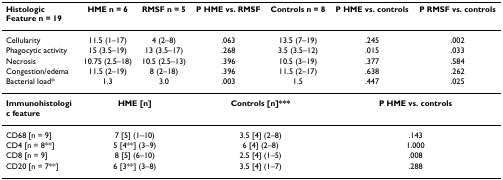
| Histologic Feature n = 19 | HME n = 6 | RMSF n = 5 | P HME vs. RMSF | Controls n = 8 | P HME vs. controls | P RMSF vs. controls |
 | --- | --- | --- | --- | --- | --- | --- |
 | Cellularity | 11.5 (1–17) | 4 (2–8) | .063 | 13.5 (7–19) | .245 | .002 |
 | Phagocytic activity | 15 (3.5–19) | 13 (3.5–17) | .268 | 3.5 (3.5–12) | .015 | .033 |
 | Necrosis | 10.75 (2.5–18) | 10.5 (2.5–13) | .396 | 10.5 (3–19) | .377 | .584 |
 | Congestion/edema | 11.5 (2–19) | 8 (2–18) | .396 | 11.5 (2–17) | .638 | .262 |
 | Bacterial load* | 1.3 | 3.0 | .003 | 1.5 | .447 | .025 |
 | Immunohistologic feature | <COLSPAN=2> HME [n] | <COLSPAN=2> Controls [n]*** | <COLSPAN=2> P HME vs. controls |
 | CD68 [n = 9] | <COLSPAN=2> 7 [5] (1–10) | <COLSPAN=2> 3.5 [4] (2–8) | <COLSPAN=2> .143 |
 | CD4 [n = 8**] | <COLSPAN=2> 5 [4**] (3–9) | <COLSPAN=2> 6 [4] (2–8) | <COLSPAN=2> 1.000 |
 | CD8 [n = 9] | <COLSPAN=2> 8 [5] (6–10) | <COLSPAN=2> 2.5 [4] (1–5) | <COLSPAN=2> .008 |
 | CD20 [n = 7**] | <COLSPAN=2> 6 [3**] (3–8) | <COLSPAN=2> 3.5 [4] (1–7) | <COLSPAN=2> .288 |